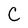
Character: C